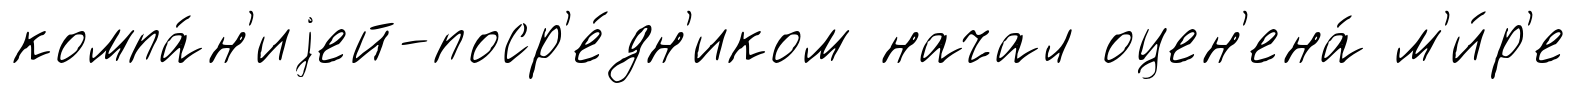
компа́н'иjей-поср'е́дн'иком начал оцен'ена́ м'и́р'е